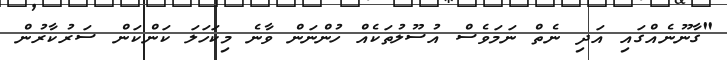
"ގާނޫނެއްގައި އަދި ނެތް ނަމަވެސް އުސޫލުތަކެއް ހުންނަން ވާނެ މިކަހަލަ ކަންކަން ސަރުކާރުން